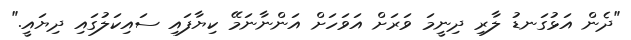
"ދެން އަޅުގަނޑު ލާރި ދިނީމަ ވަރަށް އަވަހަށް އަންނާނަމޭ ކިޔާފައި ސައިކަލުގައި ދިޔައީ."